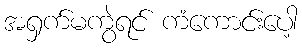
အရှက်မကွဲရင် ကံကောင်းပေါ့